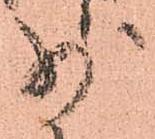
少